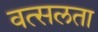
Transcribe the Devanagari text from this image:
वत्सलता